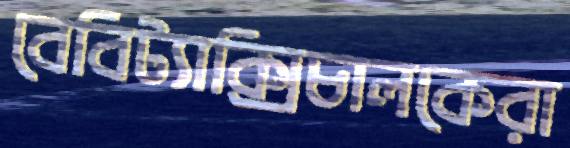
বেবিট্যাক্সিচালকেরা